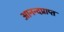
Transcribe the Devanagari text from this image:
आनन्दप्राप्त